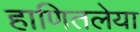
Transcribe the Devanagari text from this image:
हाणितलेया